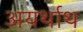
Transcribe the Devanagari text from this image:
अयर्थाथ